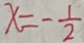
x = - \frac { 1 } { 2 }